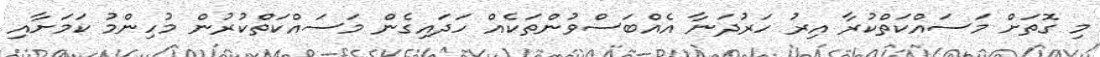
މި ގޮތަށް މަސައްކަތްކުރާ އިރު ހަރުދަނާ އެއްބަސްވުންތަކެއް ހަދައިގެން މަސައްކަތްކުރުން މުހިންމު ކަމަށާއި